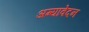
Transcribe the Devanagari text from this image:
अम्यावेदन